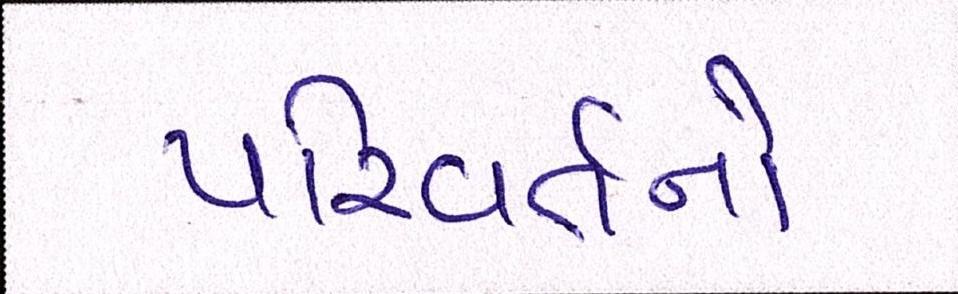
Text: પરિવર્તનો